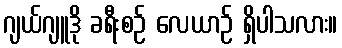
ဂျယ်ဂျူဒို ခရီးစဉ် လေယာဉ် ရှိပါသလား။